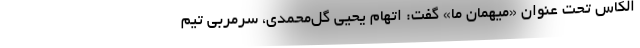
الکاس تحت عنوان «میهمان ما» گفت: اتهام یحیی گل‌محمدی، سرمربی تیم